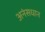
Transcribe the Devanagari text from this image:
अनंसधान